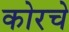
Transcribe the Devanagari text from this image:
कोरचे